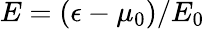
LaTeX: E=(\epsilon-\mu_{0})/E_{0}